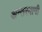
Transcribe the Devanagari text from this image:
अन्‍तरयामी